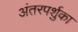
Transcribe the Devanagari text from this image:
अंतरपर्शुका